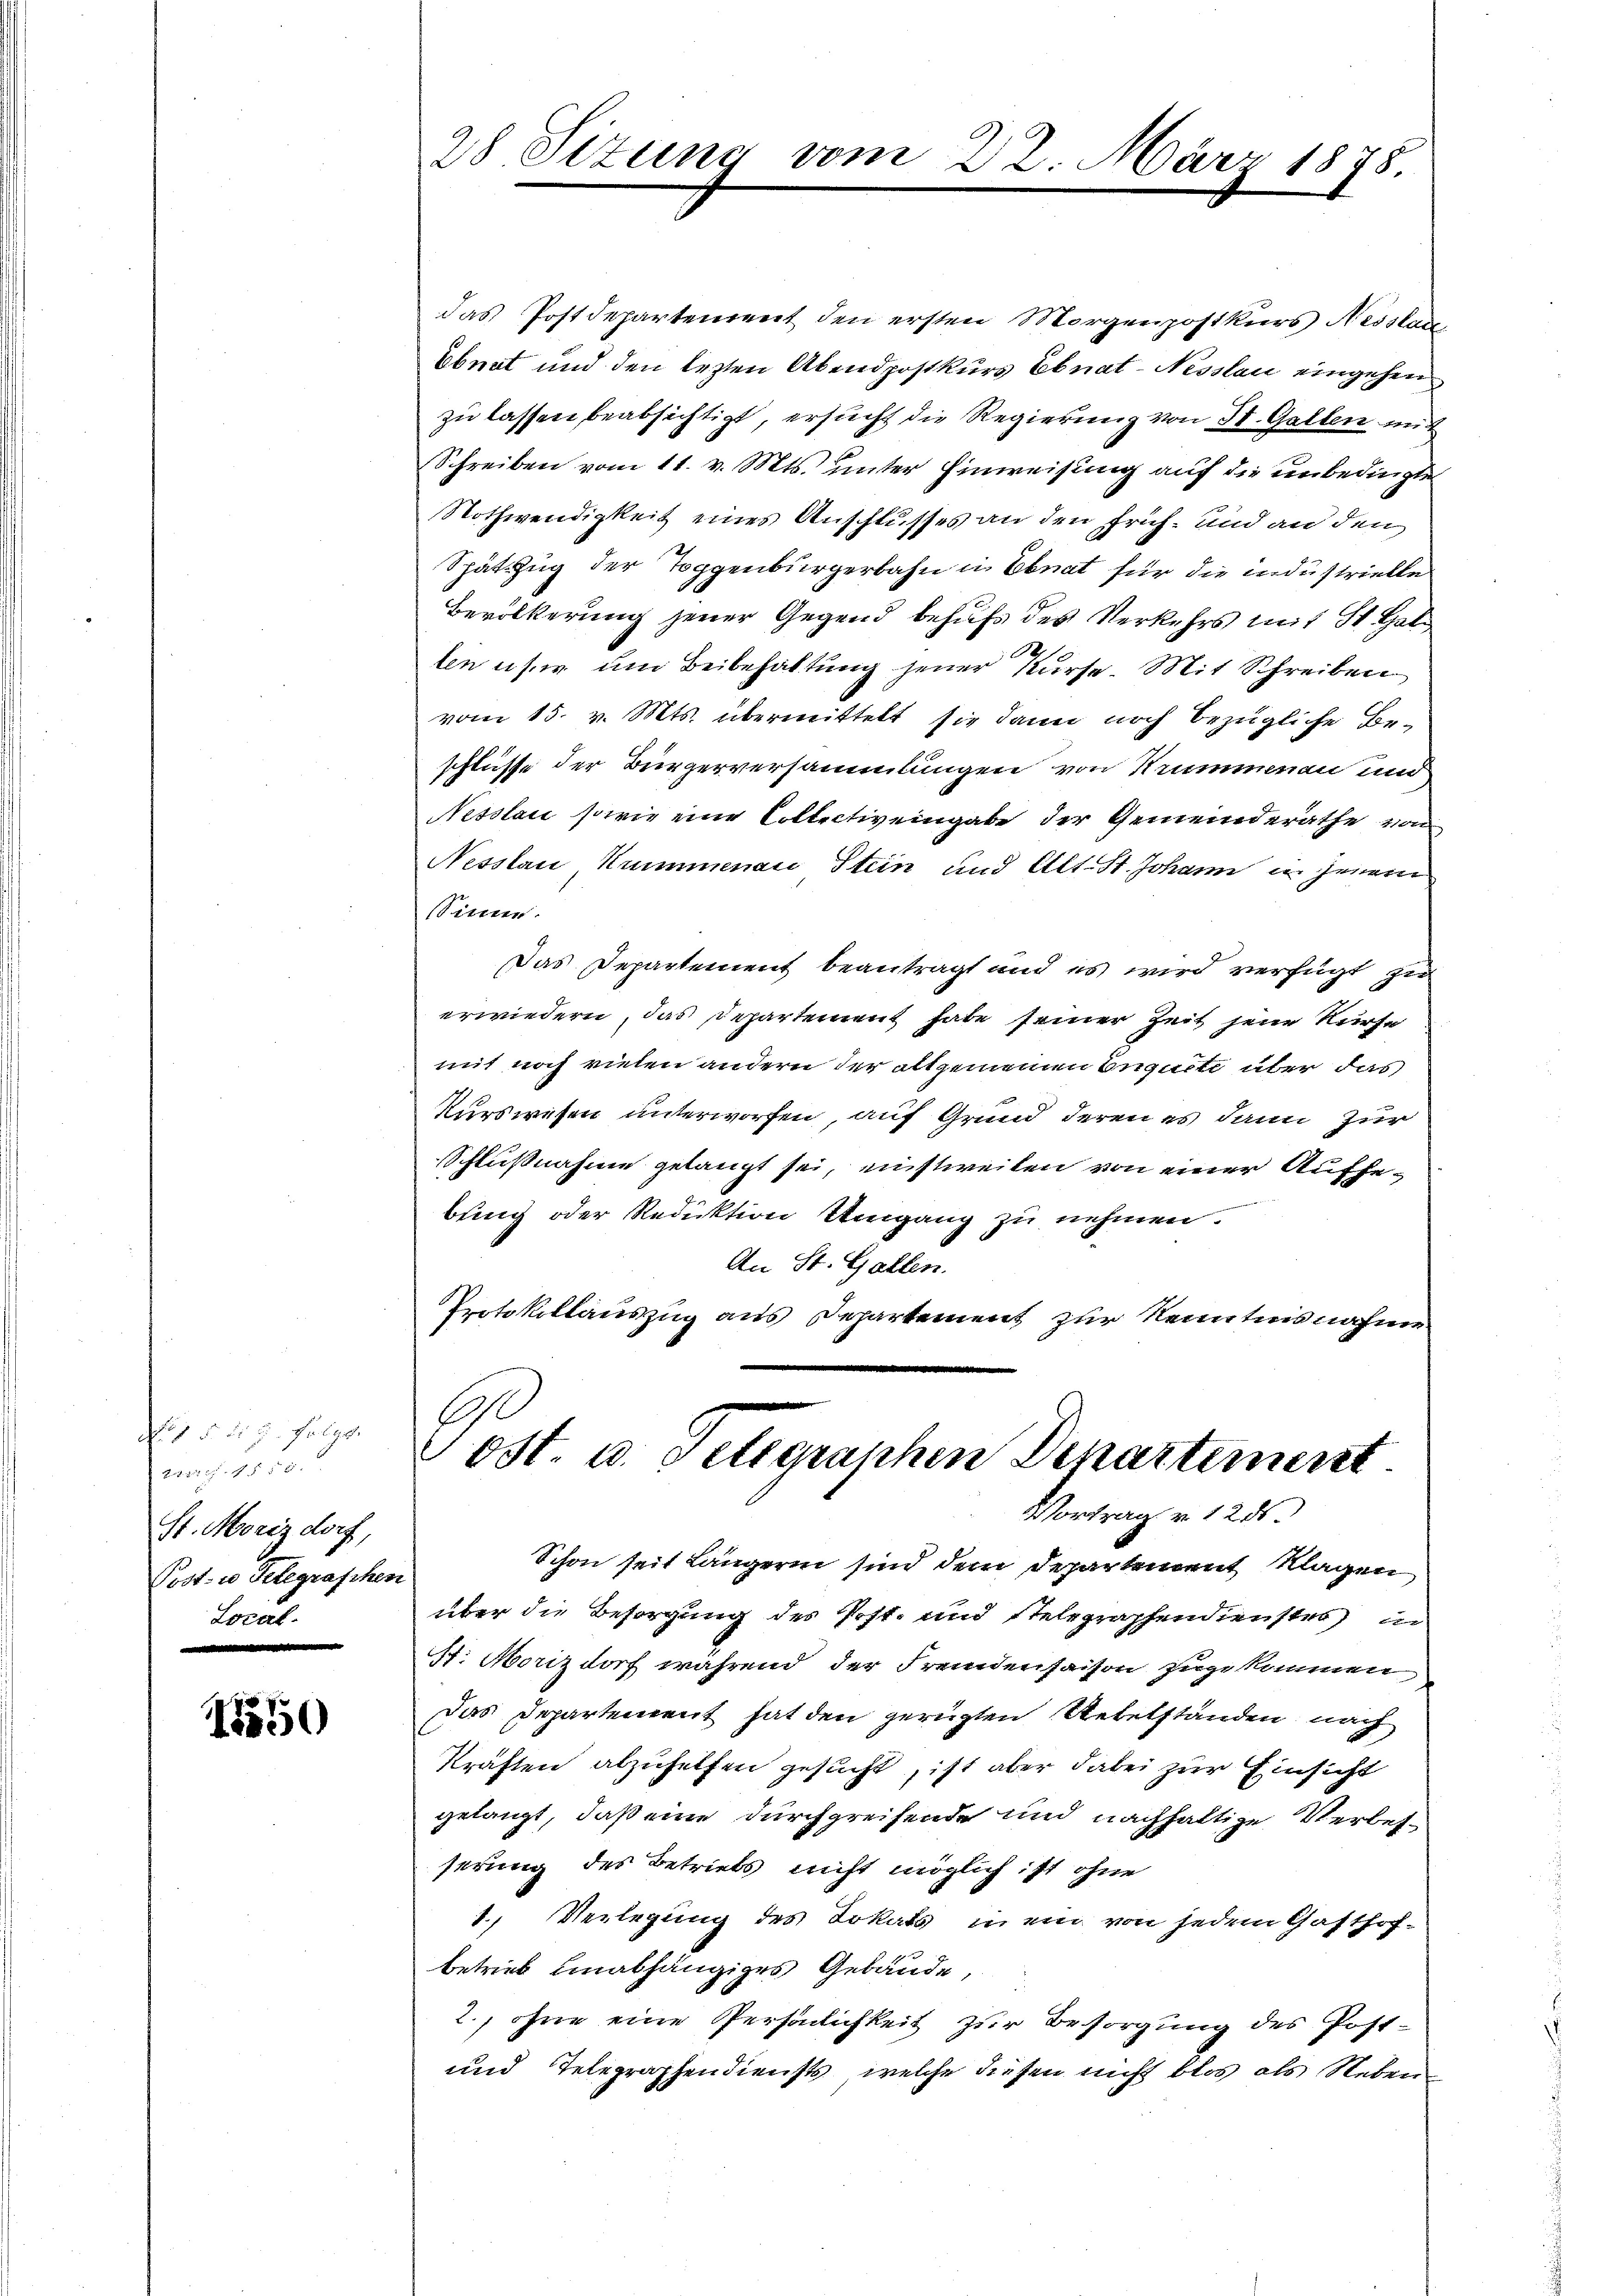
dit die z. folgt.
204. 4750.
St. Morizdorf,
Post- u Gelegraschen
Local.

1550

das Postdepartement den ersten Morgenpostkurs Nesstan
bbnat und den lezten Abendpostkurs Ebnat- Nesslau eingehen
zu lassen beabsichtigt, ersucht die Regierung von St. Gallen mit
Schreiben vom 11. v. Mts. unter Einweisung auf die unbedingte
Nothwendigkeit eines Anschlusses an den früh. und an den
Spätzzug der Toggenbürgerbahn in Ebnat für die industrielle
Bevölkerung jener Gegend behufs des Verkehrs mit St. Galten user um Beibehaltung jener Kurse. Mit Schreiben
vom 15. v. Mts. übermittelt sie dann noch bezügliche Beschlüsse der Bürgerversammlungen von Strummenau und
Nesslau, sowie eine Collectiv eingabe der Gemeinderathe von
Nesslau Kummenau Stein und Alt. St. Johann in jenem
Sinnen.
Das Departement beantragt und es wird verfügt zu
erwiedern, das Departement habe seiner Zeit jene Kurse
mit noch vielen andern der altgemeinen Enguete über das
Kurswesen unterworfen, auf Grund, deren es dann zur
Schlußnahme gelangt sei, einstweilen von einer Aufhebring oder Reduktion Umgang zu nehmen.
An St. Gallen.
Protokollauszug aus Departement zur Kenntnisnahme

28. Sitzung vom 22. März 1878.

ost. u. Telegraphen Departement
Vortrag v. 1286

Schon seit Längerin sind dem Departement Klagen
über die Besorgung des Post. und Stelegraphendienstes in
St. Morizdorf während der Fremdenfaison zugekommen
Das Departement hat den gerügten Uebelständen nach
Kräften abzuhelfen gesucht, ist aber dabei zur Einsicht
gelangt, daß eine durchgreifende und nachhaltige Verbesserung des Betriebs nicht möglich ist ohne
1. Verlegung des Lokals in ein von jedem Gasthof-
betrieb hinabhängiges Gebäude,
2., ohne eine Persönlichkeit zur Besorgung des Post¬
und Telegraphendiensts, welche diesen nicht blos als Neben